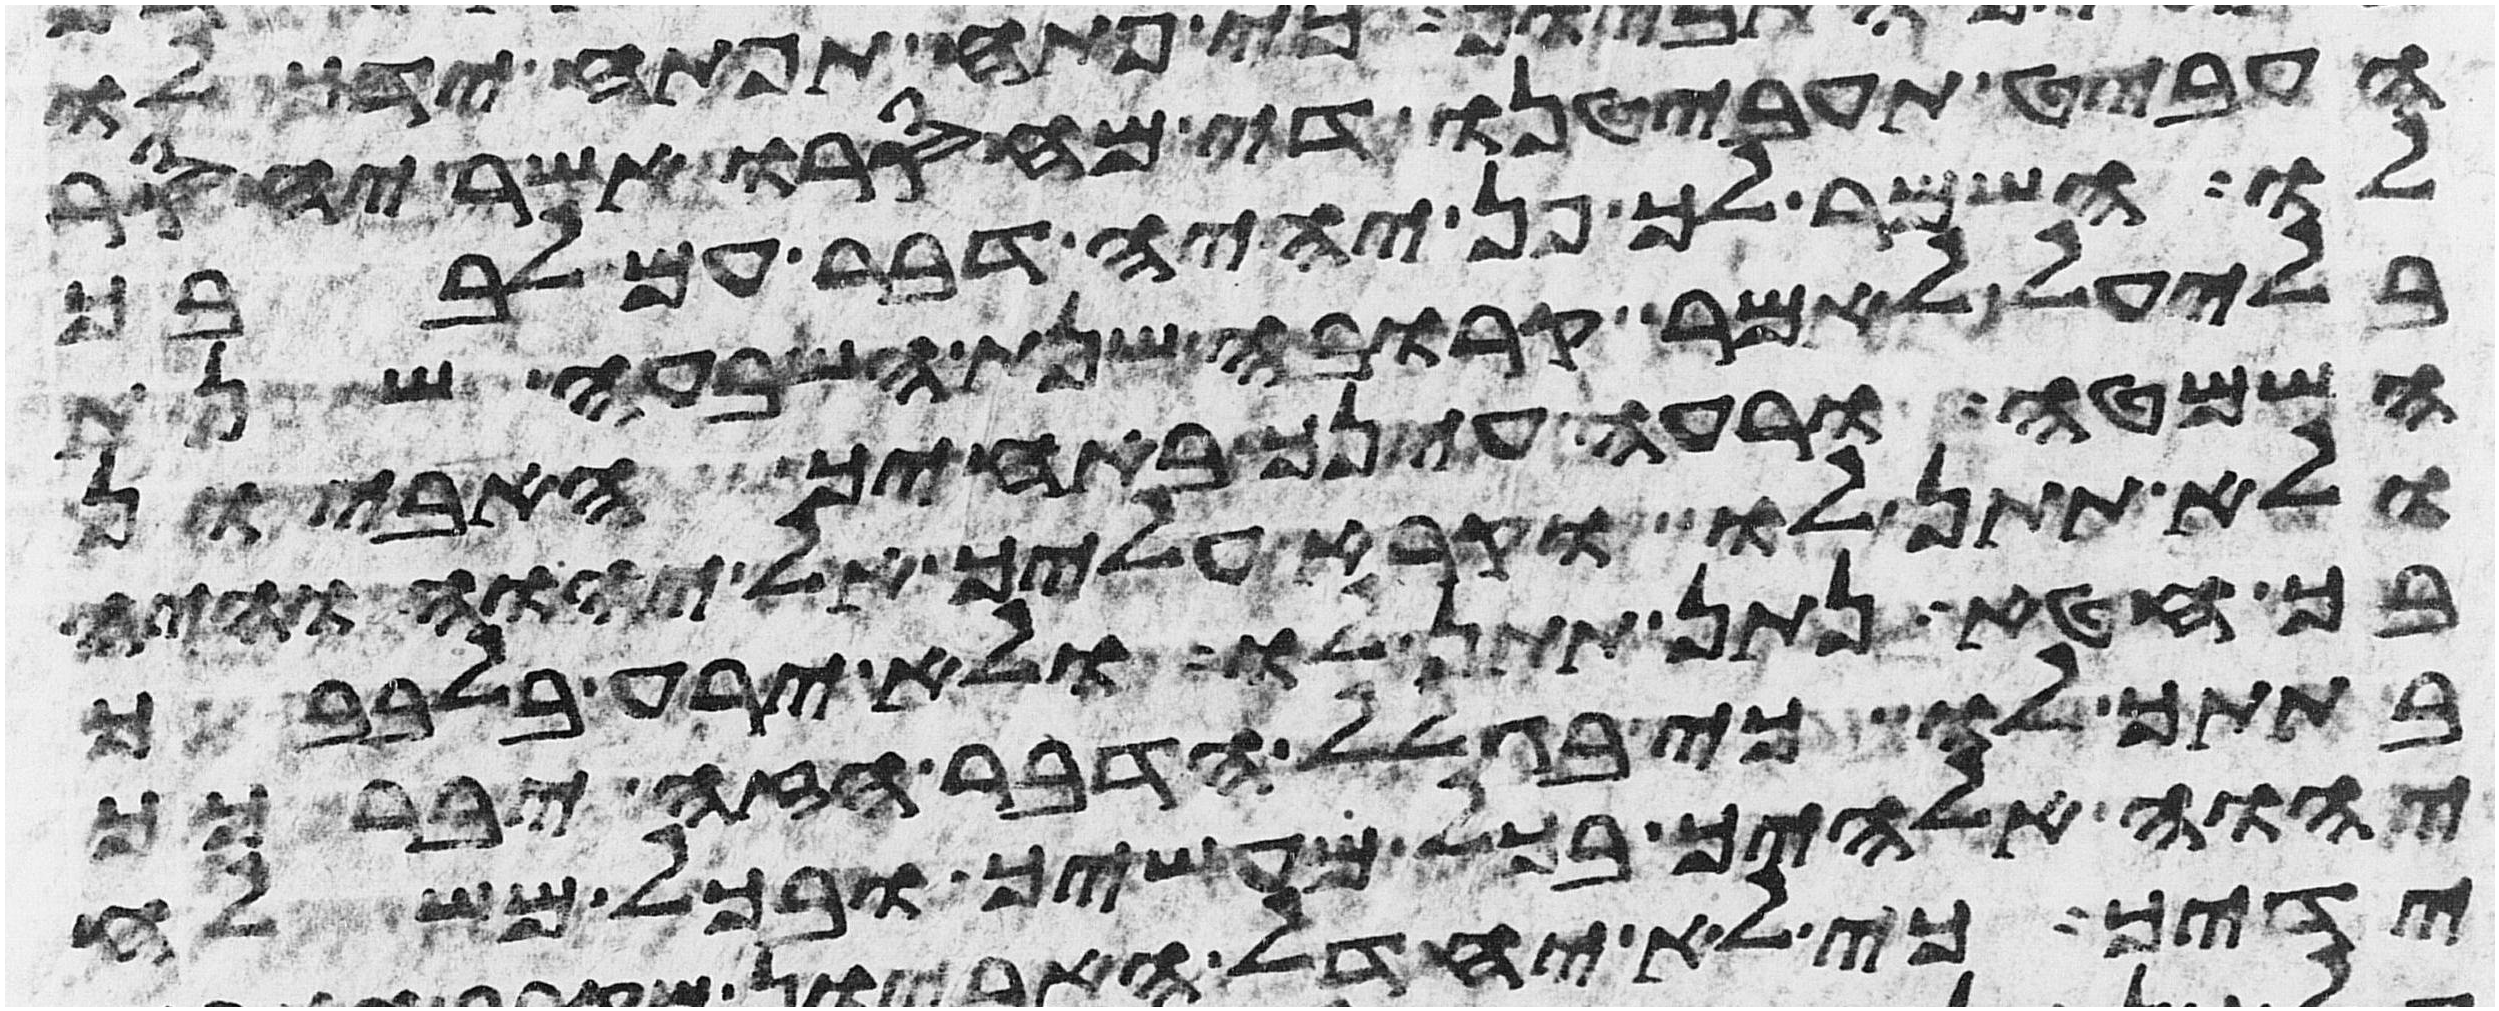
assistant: העביט תעביטנו די מחסרו אשר יחסר
לו השמר לך פן יהיה דבר עם לבבך
בלעיל לאמר קרובה שנת השבעה שנת
השמטה ורעה עינך באחיך האביון
ולא תתן לו וקרא עליך אל יהוה והיה
בך חטא נתן תתן לו ולא ירע בלבבך
בתתך לו כי בגלל הדבר הזה יברכך
יהוה אלהיך בכל מעשיך ובכל משלח